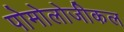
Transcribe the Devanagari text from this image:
पोमोलोजीकल